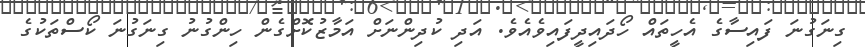
ގިނަގުނަ ފައިސާގެ އެހީތައް ހޯދައިދީފައިވެއެވެ. އަދި ކުދިންނަށް އަމާޒުކޮށްގެން ހިންގުނު ގިނަގުނަ ކޯސްތަކުގެ